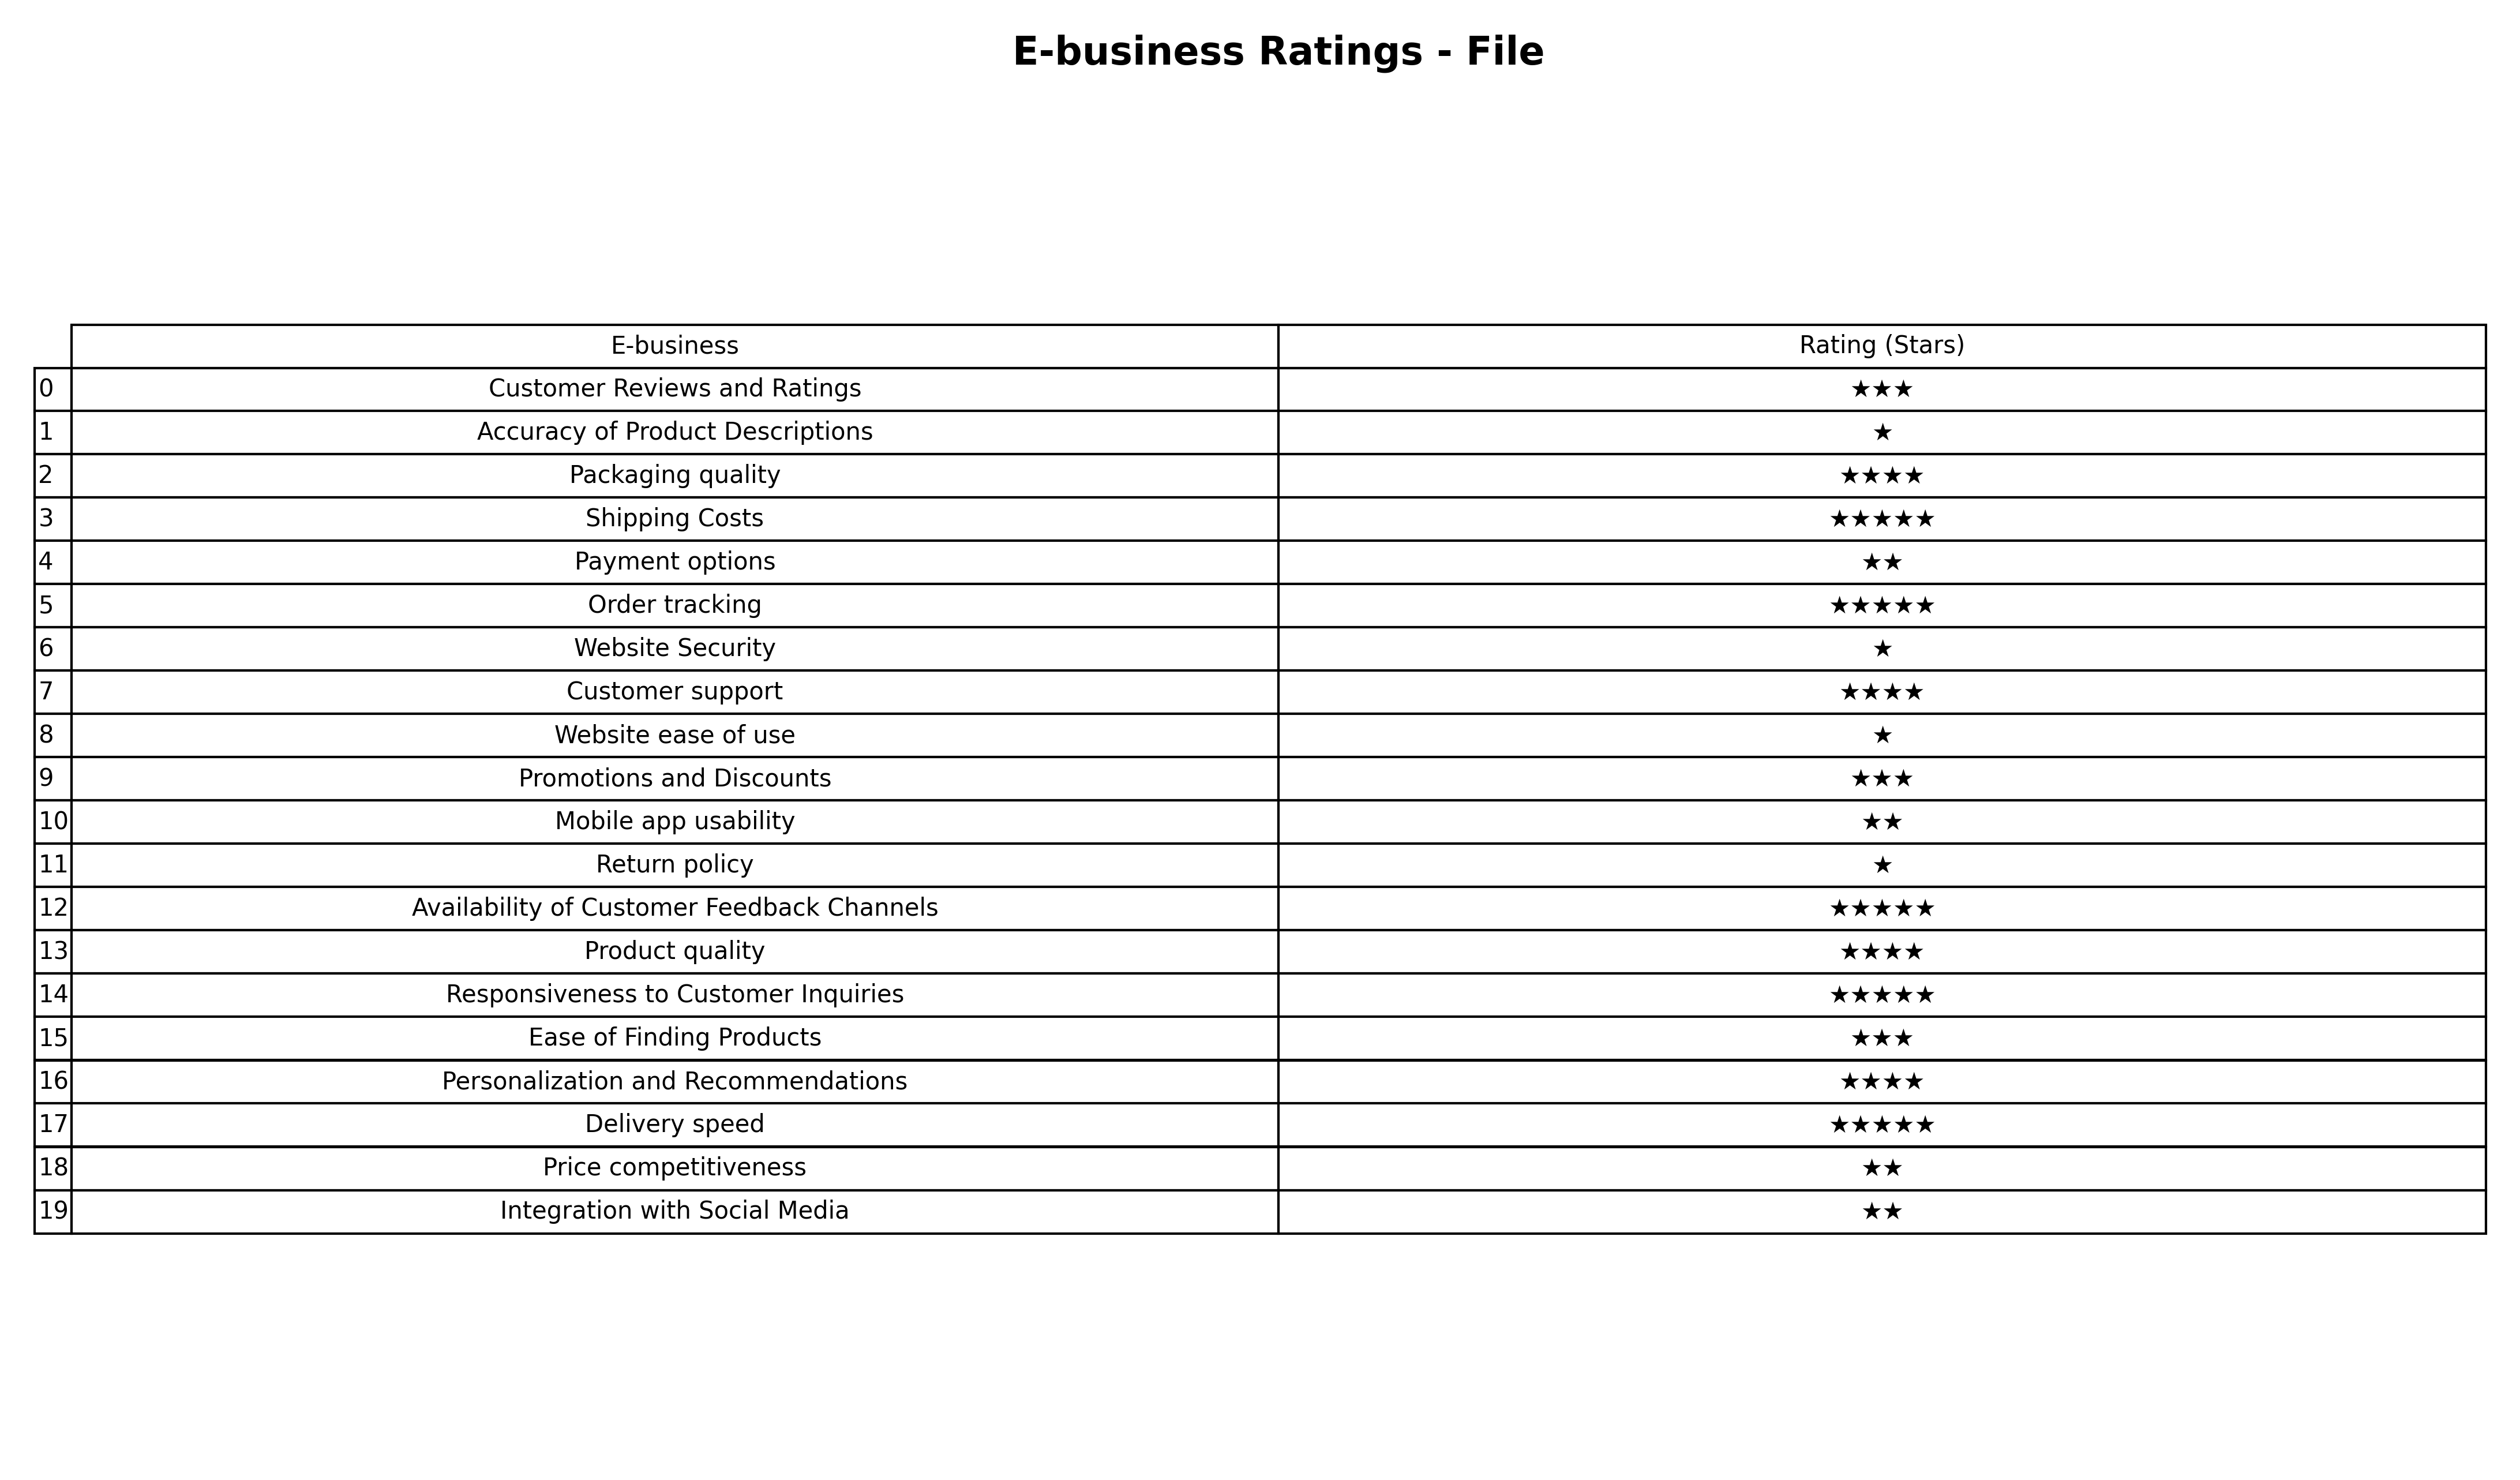
question: What is the rating of Personalization and Recommendations?
answer: ★★★★